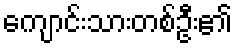
ကျောင်းသားတစ်ဦး၏